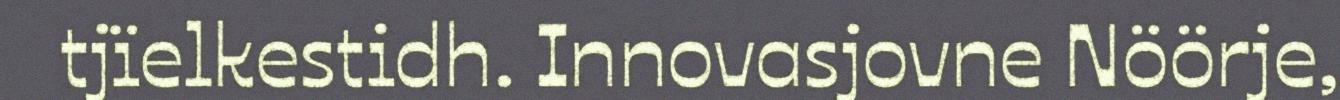
tjïelkestidh. Innovasjovne Nöörje,